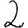
Digit: 2